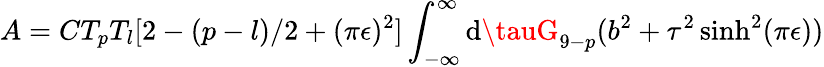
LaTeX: A=CT_{p}T_{l}[2-(p-l)/2+(\pi\epsilon)^{2}]\int_{-\infty}^{\infty}\mathrm{d}\tauG_{9-p}(b^{2}+\tau^{2}\sinh^{2}(\pi\epsilon))